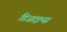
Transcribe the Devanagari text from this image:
डिजाइन्स